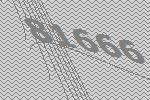
81666